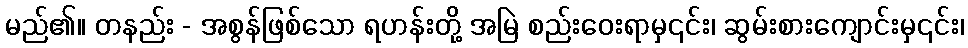
မည်၏။ တနည်း - အစွန်ဖြစ်သော ရဟန်းတို့ အမြဲ စည်းဝေးရာမှ၎င်း၊ ဆွမ်းစားကျောင်းမှ၎င်း၊